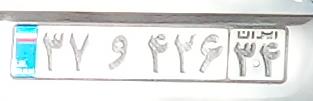
۳۷و۴۲۶۳۴